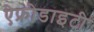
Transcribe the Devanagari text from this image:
ऐफ्रोडाइटी